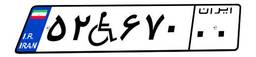
۵۲W۶۷۰۰۰